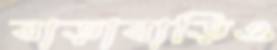
বাড়াবাড়িও